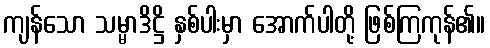
ကျန်သော သမ္မာဒိဋ္ဌိ နှစ်ပါးမှာ အောက်ပါတို့ ဖြစ်ကြကုန်၏။